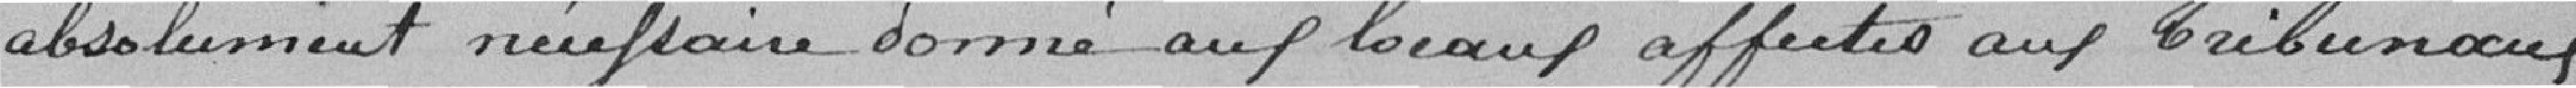
absolument nécessaire donné aux locaux affectés aux Tribunaux